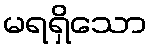
မရရှိသော